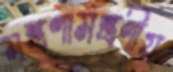
মন্ত্রণামন্ত্রণীয়